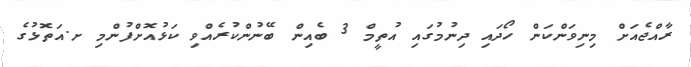
ރާއްޖެއަށް މިނިވަންކަން ހޯދައި ދިނުމުގައި އުތީމް 3 ބެއިން ބޭނުންކުރެެއްވި ކަޅުއޮށްފުންމި ށ.އަތޮޅުގެ